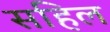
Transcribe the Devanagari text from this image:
सहिल